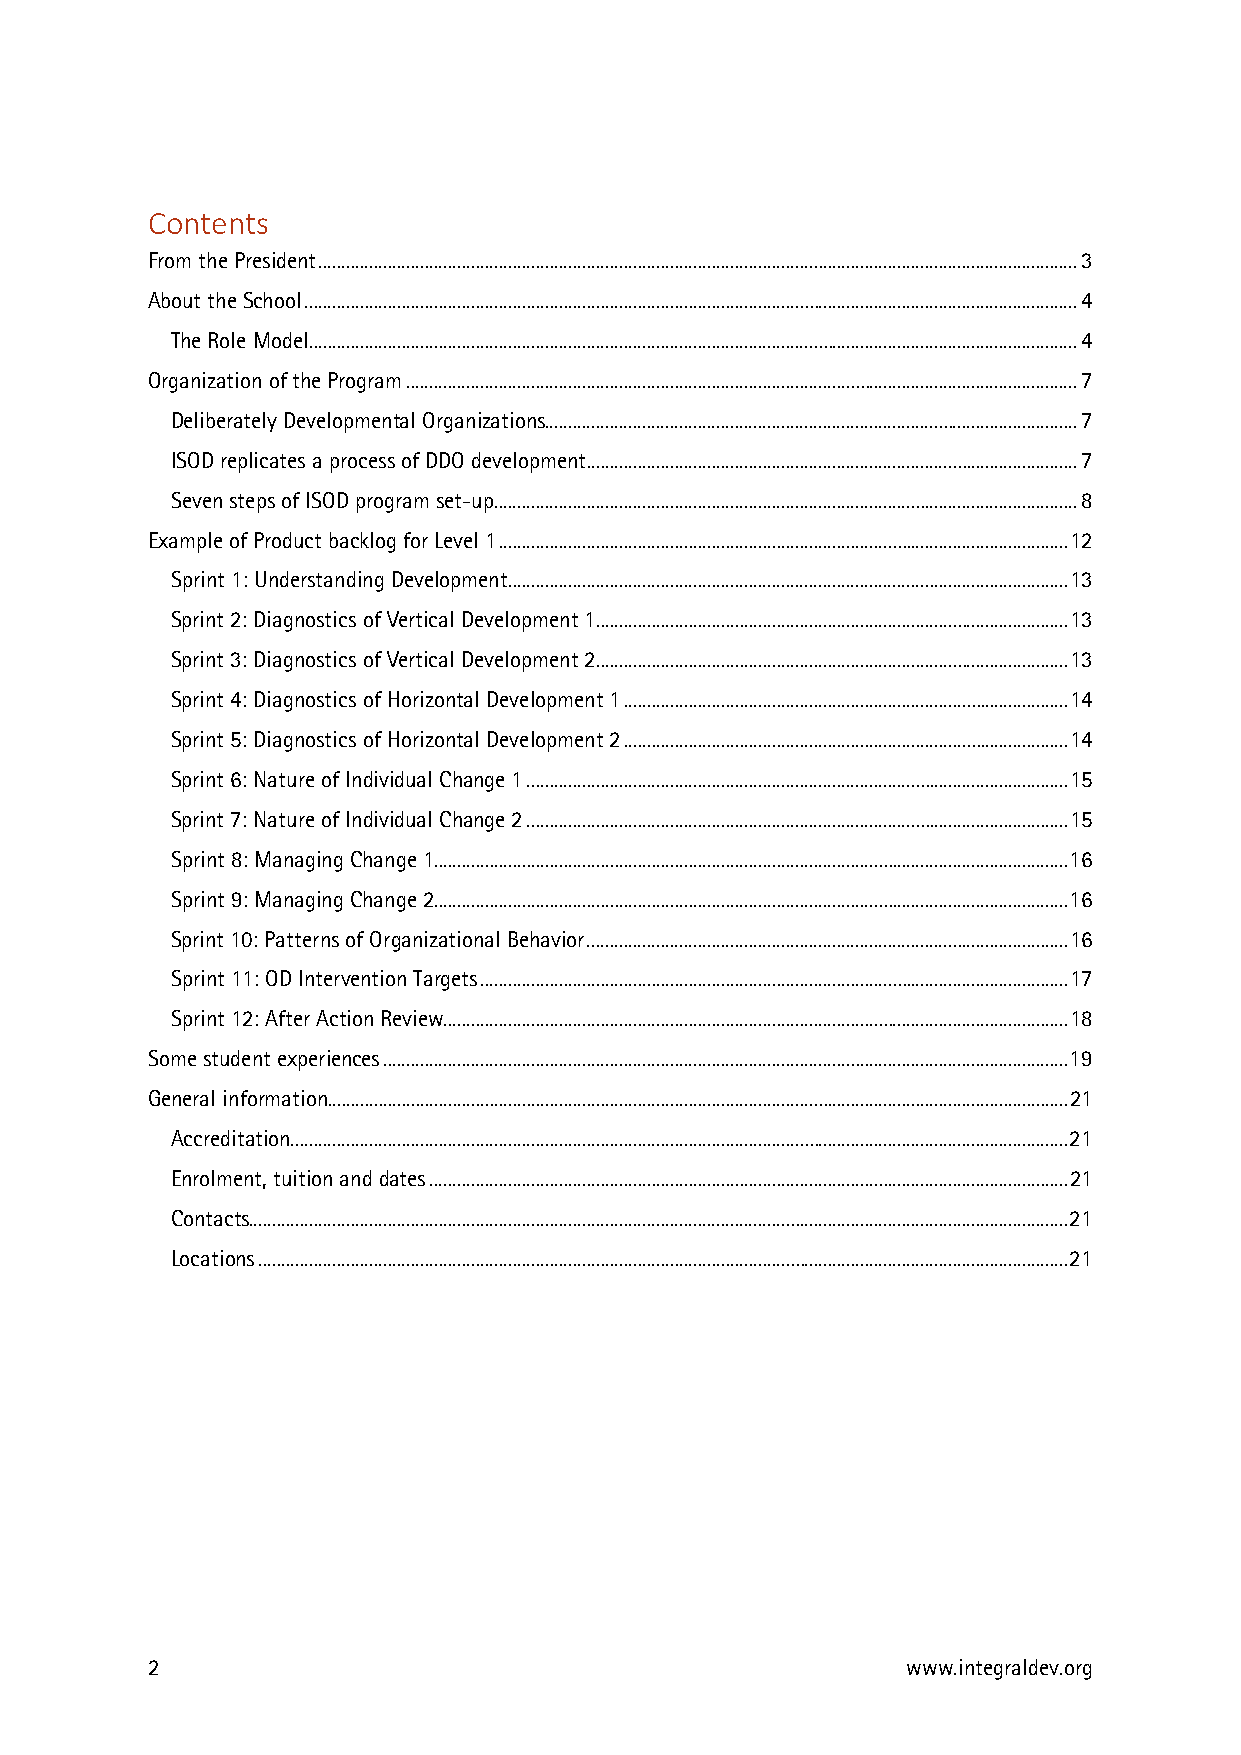
Contents
 From the President .................................................................................................................................................................... 3
 About the School ....................................................................................................................................................................... 4
 The Role Model ...................................................................................................................................................................... 4
 Organization of the Program ................................................................................................................................................. 7
 Deliberately Developmental Organizations................................................................................................................... 7
 ISOD replicates a process of DDO development .......................................................................................................... 7
 Seven steps of ISOD program set-up .............................................................................................................................. 8
 Example of Product backlog for Level 1 ........................................................................................................................... 12
 Sprint 1: Understanding Development ......................................................................................................................... 13
 Sprint 2: Diagnostics of Vertical Development 1 ...................................................................................................... 13
 Sprint 3: Diagnostics of Vertical Development 2 ...................................................................................................... 13
 Sprint 4: Diagnostics of Horizontal Development 1 ................................................................................................ 14
 Sprint 5: Diagnostics of Horizontal Development 2 ................................................................................................ 14
 Sprint 6: Nature of Individual Change 1 ..................................................................................................................... 15
 Sprint 7: Nature of Individual Change 2 ..................................................................................................................... 15
 Sprint 8: Managing Change 1 ......................................................................................................................................... 16
 Sprint 9: Managing Change 2 ......................................................................................................................................... 16
 Sprint 10: Patterns of Organizational Behavior ........................................................................................................ 16
 Sprint 11: OD Intervention Targets ............................................................................................................................... 17
 Sprint 12: After Action Review ....................................................................................................................................... 18
 Some student experiences .................................................................................................................................................... 19
 General information ................................................................................................................................................................ 21
 Accreditation ........................................................................................................................................................................ 21
 Enrolment, tuition and dates .......................................................................................................................................... 21
 Contacts ................................................................................................................................................................................. 21
 Locations ............................................................................................................................................................................... 21
 2                                                 www.integraldev.org